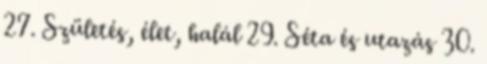
27. Születés, élet, halál 29. Séta és utazás 30.